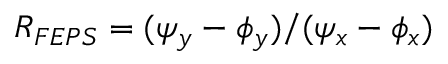
R _ { F E P S } = ( \psi _ { y } - \phi _ { y } ) / ( \psi _ { x } - \phi _ { x } )